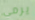
يرمي